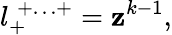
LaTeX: l_{+}^{\; +\ldots+}=\mathbf{z}^{k-1},